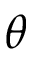
\theta